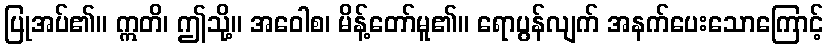
ပြုအပ်၏။ ဣတိ၊ ဤသို့။ အဝေါစ၊ မိန့်တော်မူ၏။ ရောပွန်လျက် အနက်ပေးသောကြောင့်